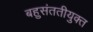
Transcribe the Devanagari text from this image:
बहुसंततीयुक्त